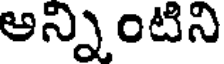
అన్నింటిని